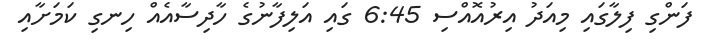
ފަންގި ފިލާގައި މިއަދު އިރުއޮއްސި 6:45 ގައި އަލިފާނުގެ ހާދިސާއެއް ހިނގި ކަމަށާއި